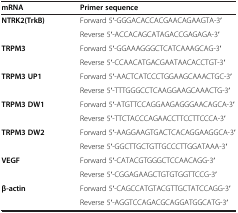
<table><thead><tr><td><b>mRNA</b></td><td><b>Primer sequence</b></td></tr></thead><tbody><tr><td><b>NTRK2(TrkB)</b></td><td>Forward 5′-GGGACACCACGAACAGAAGTA-3′</td></tr><tr><td> </td><td>Reverse 5′-ACCACAGCATAGACCGAGAGA-3′</td></tr><tr><td><b>TRPM3</b></td><td>Forward 5′-GGAAAGGGCTCATCAAAGCAG-3′</td></tr><tr><td> </td><td>Reverse 5′-CCAACATGACGAATAACACCTGT-3′</td></tr><tr><td><b>TRPM3 UP1</b></td><td>Forward 5′-AACTCATCCCTGGAAGCAAACTGC-3′</td></tr><tr><td> </td><td>Reverse 5′-TTTGGGCCTCAAGGAAGCAAACTG-3′</td></tr><tr><td><b>TRPM3 DW1</b></td><td>Forward 5′-ATGTTCCAGGAAGAGGGAACAGCA-3′</td></tr><tr><td> </td><td>Reverse 5′-TTCTACCCAGAACCTTCCTTCCCA-3′</td></tr><tr><td><b>TRPM3 DW2</b></td><td>Forward 5′-AAGGAAGTGACTCACAGGAAGGCA-3′</td></tr><tr><td> </td><td>Reverse 5′-GGCTTGCTGTTGCCCTTGGATAAA-3′</td></tr><tr><td><b>VEGF</b></td><td>Forward 5′-CATACGTGGGCTCCAACAGG-3′</td></tr><tr><td> </td><td>Reverse 5′-CGGAGAAGCTGTGTGGTTCCG-3′</td></tr><tr><td><b>β-actin</b></td><td>Forward 5′-CAGCCATGTACGTTGCTATCCAGG-3′</td></tr><tr><td> </td><td>Reverse 5′-AGGTCCAGACGCAGGATGGCATG-3′</td></tr></tbody></table>